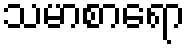
သမာစာရော